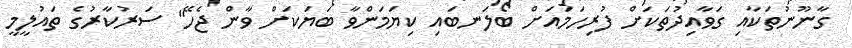
ގާނޫނުތަކާއި ގަވާއިދުތަކަށް ފުރިހަމައަށް ބޯލަނބައި ކިޔަމަންވާ ބަޔަކަށް ވާން ޖެހޭ" ސަރުކާރުގެ ތައުލީމީ